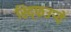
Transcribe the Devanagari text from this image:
स्द्फिउर्‍वे